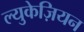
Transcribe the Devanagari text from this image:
ल्युकेज़ियन